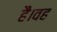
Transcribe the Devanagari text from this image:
हैं।वह